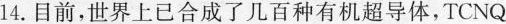
14.目前，世界上已合成了几百种有机超导体，TCNQ